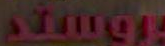
stign